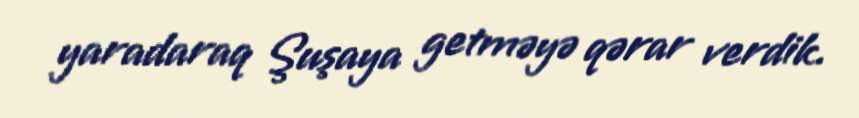
yaradaraq Şuşaya getməyə qərar verdik.